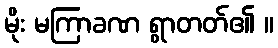
မိုး မကြာခဏ ရွာတတ်၏ ။